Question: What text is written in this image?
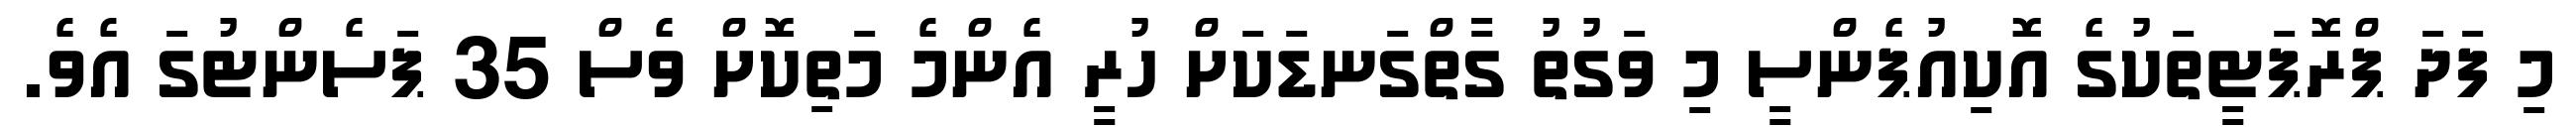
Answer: މި ފަދަ ޕްރޮޕަޓީތަކުގެ އޮކިއުޕެންސީ މި ވަގުތު ގާތްގަނޑަކަށް ހުރީ އެންމެ މަތިކޮށް ވެސް 35 ޕަސެންޓުގަ އެވެ.